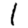
Digit: 1